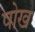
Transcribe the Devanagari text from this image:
षोख